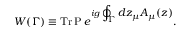
W ( \Gamma ) \equiv \mathrm { T r \, P } \, e ^ { i g \displaystyle \oint _ { \Gamma } d z _ { \mu } A _ { \mu } ( z ) } .